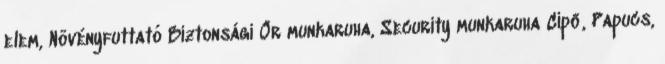
elem, Növényfuttató Biztonsági Őr munkaruha, Security munkaruha Cipő, Papucs,